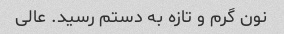
نون گرم و تازه به دستم رسید. عالی